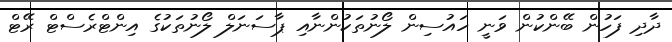
ދާދި ފަހުން ބޭންކުން ވަނީ ހައުސިން ލޯނުތަކުންނާއި ޕާސަނަލް ލޯނުތަކުގެ އިންޓްރެސްޓް ރޭޓް